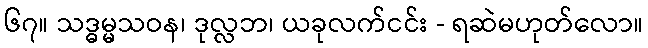
၆၇။ သဒ္ဓမ္မသဝန၊ ဒုလ္လဘ၊ ယခုလက်ငင်း - ရဆဲမဟုတ်လော။